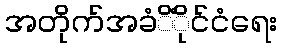
အတိုက်အခံိံိုင်ငံရေး